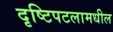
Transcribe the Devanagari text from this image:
दृष्टिपटलामधील